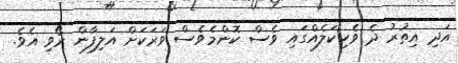
އަދި އިތުރު ދެ ވެހިކަލެއްގައި ވެސް ކޮންމެވެސް ވަރަކަށް އަލިފާން ރޯވި އެވެ.